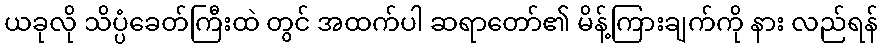
ယခုလို သိပ္ပံခေတ်ကြီးထဲ တွင် အထက်ပါ ဆရာတော်၏ မိန့်ကြားချက်ကို နား လည်ရန်